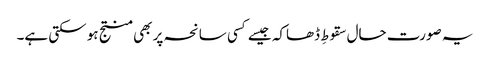
یہ صورت حال سقوطِ ڈھاکہ جیسے کسی سانحہ پر بھی منتج ہو سکتی ہے۔